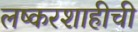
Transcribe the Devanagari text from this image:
लष्करशाहीची